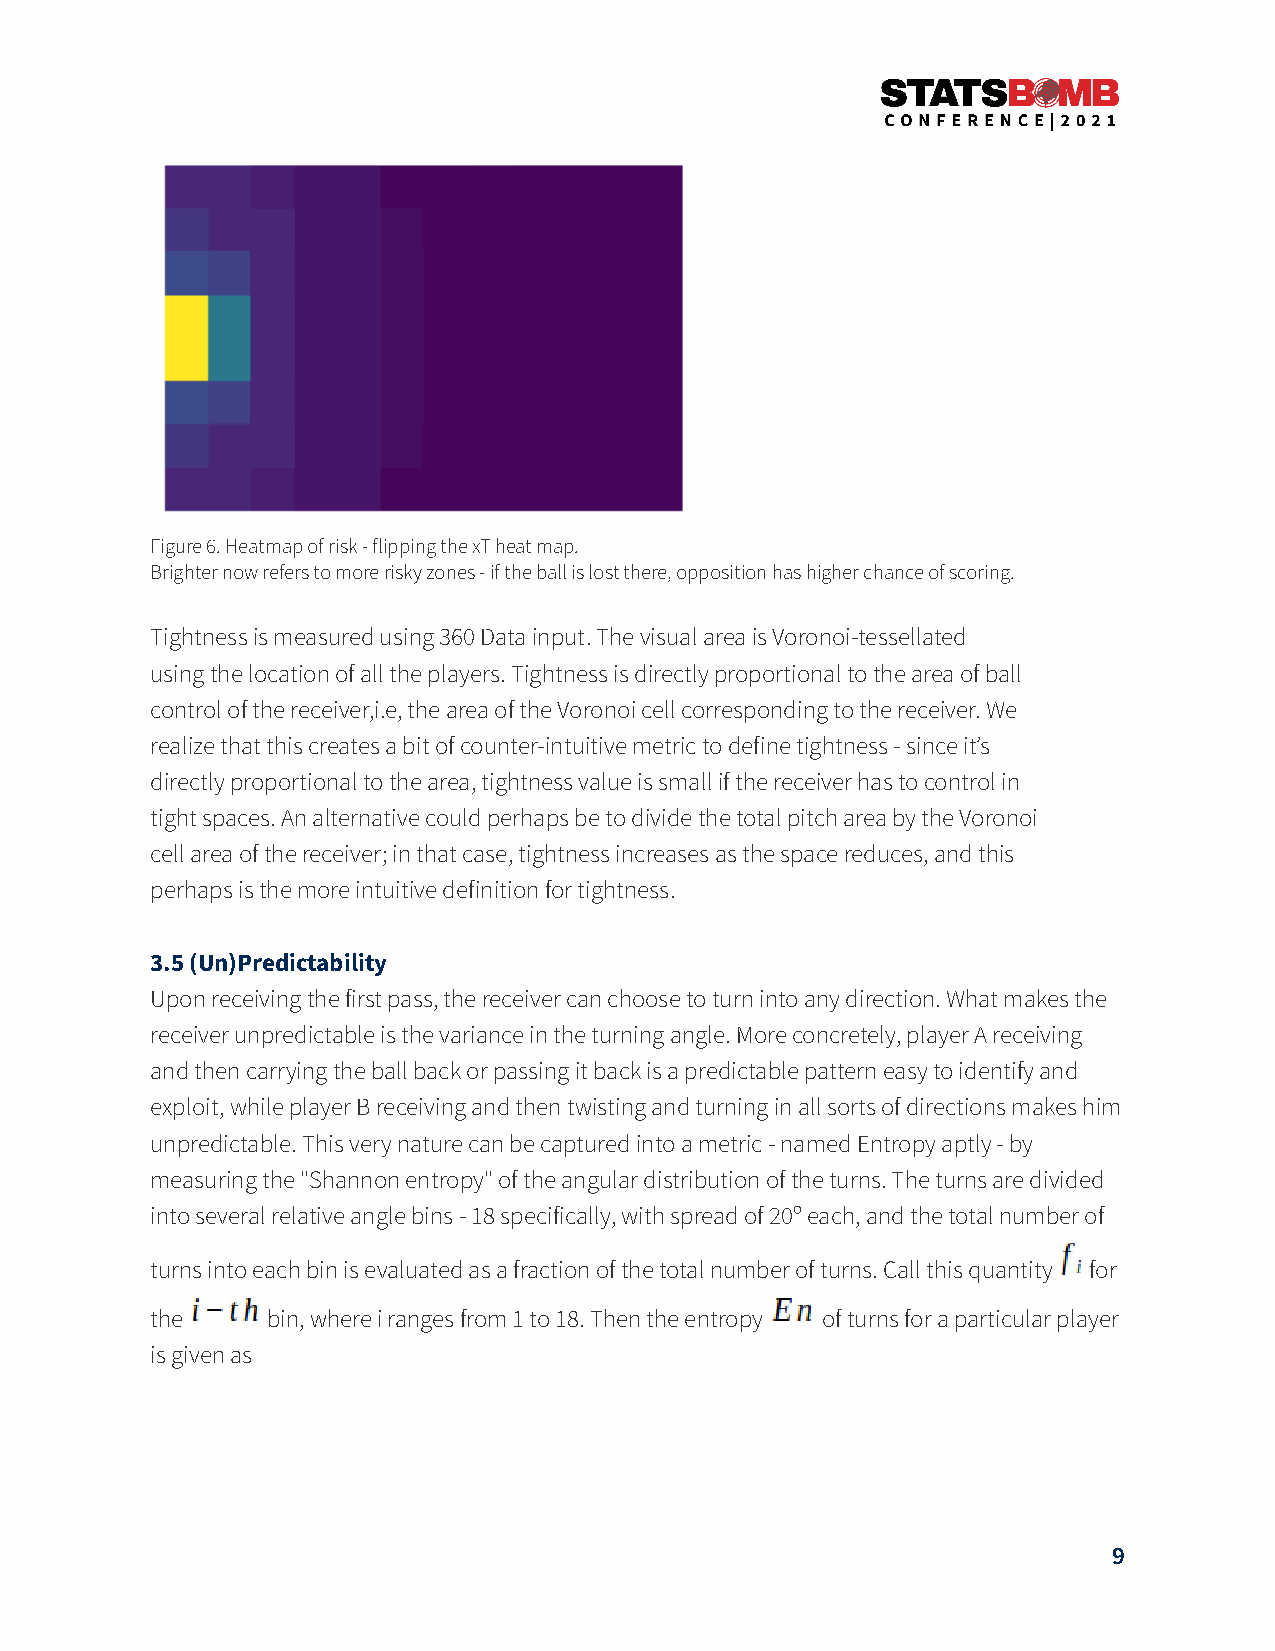
Figure 6. Heatmap of risk - flipping the xT heat map.
 Brighter now refers to more risky zones - if the ball is lost there, opposition has higher chance of scoring.
 Tightness is measured using 360 Data input. The visual area is Voronoi-tessellated
 using the location of all the players. Tightness is directly proportional to the area of ball
 control of the receiver,i.e, the area of the Voronoi cell corresponding to the receiver. We
 realize that this creates a bit of counter-intuitive metric to define tightness - since itʼs
 directly proportional to the area, tightness value is small if the receiver has to control in
 tight spaces. An alternative could perhaps be to divide the total pitch area by the Voronoi
 cell area of the receiver; in that case, tightness increases as the space reduces, and this
 perhaps is the more intuitive definition for tightness.
 3.5 (Un)Predictability
 Upon receiving the first pass, the receiver can choose to turn into any direction. What makes the
 receiver unpredictable is the variance in the turning angle. More concretely, player A receiving
 and then carrying the ball back or passing it back is a predictable pattern easy to identify and
 exploit, while player B receiving and then twisting and turning in all sorts of directions makes him
 unpredictable. This very nature can be captured into a metric - named Entropy aptly - by
 measuring the "Shannon entropy" of the angular distribution of the turns. The turns are divided
 into several relative angle bins - 18 specifically, with spread of 20º each, and the total number of
 turns into each bin is evaluated as a fraction of the total number of turns. Call this quantity for
 the     bin, where i ranges from 1 to 18. Then the entropy of turns for a particular player
 is given as
 9